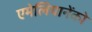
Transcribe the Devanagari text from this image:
एमेलियानेंको